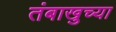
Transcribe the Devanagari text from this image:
तंबाखुच्या